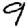
Digit: 9